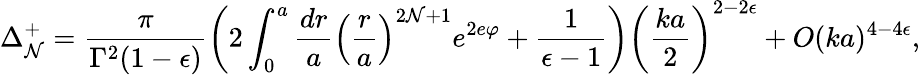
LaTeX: \Delta_{\mathcal{N}}^{+}=\frac{{\pi}}{{\Gamma^{2}(1-\epsilon)}}\left(2\int_{0}^{a}\frac{{dr}}{{a}}\left(\frac{{r}}{{a}}\right)^{2\mathcal{N}+1}e^{2e\varphi}+\frac{{1}}{{\epsilon-1}}\right)\left(\frac{{ka}}{{2}}\right)^{2-2\epsilon}+O(ka)^{4-4\epsilon},